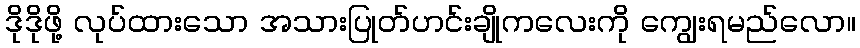
ဒိုဒိုဖို့ လုပ်ထားသော အသားပြုတ်ဟင်းချိုကလေးကို ကျွေးရမည်လော။